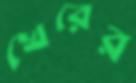
খেরের